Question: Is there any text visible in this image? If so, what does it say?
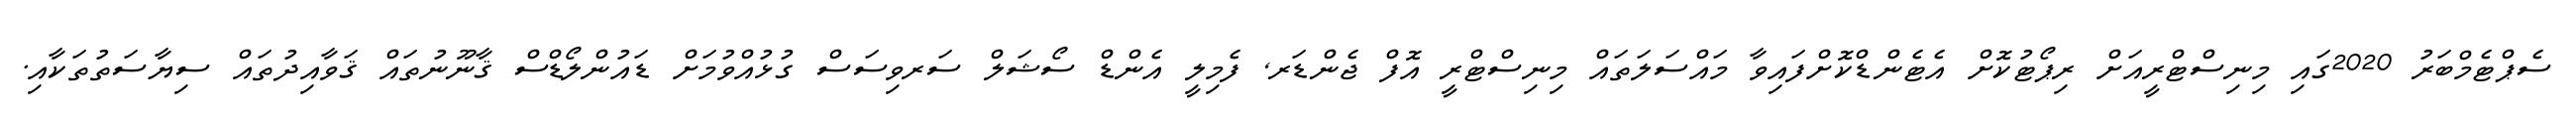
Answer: ސެޕްޓެމްބަރު 2020ގައި މިނިސްޓްރީއަށް ރިޕޯޓުކޮށް އެޓެންޑްކޮށްފައިވާ މައްސަލަތައް މިނިސްޓްރީ އޮފް ޖެންޑަރ, ފެމިލީ އެންޑް ސޯޝަލް ސަރވިސަސް ގުޅުއްވުމަށް ޑައުންލޯޑްސް ޤާނޫނުތައް ޤަވާއިދުތައް ސިޔާސަތުތަކާއި.